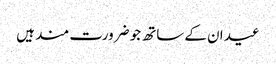
عید ان کے ساتھ جو ضرورت مند ہیں